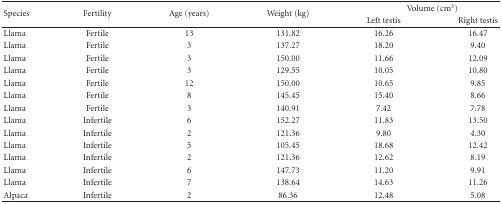
<table><thead><tr><td rowspan="2"><b>Species</b></td><td rowspan="2"><b>Fertility</b></td><td rowspan="2"><b>Age (years)</b></td><td rowspan="2"><b>Weight (kg)</b></td><td colspan="2"><b>Volume (cm<sup>3</sup>)</b></td></tr><tr><td><b>Left testis</b></td><td><b>Right testis</b></td></tr></thead><tbody><tr><td>Llama</td><td>Fertile</td><td>13</td><td>131.82</td><td>16.26</td><td>16.47</td></tr><tr><td>Llama</td><td>Fertile</td><td>3</td><td>137.27</td><td>18.20</td><td>9.40</td></tr><tr><td>Llama</td><td>Fertile</td><td>3</td><td>150.00</td><td>11.66</td><td>12.09</td></tr><tr><td>Llama</td><td>Fertile</td><td>3</td><td>129.55</td><td>10.05</td><td>10.80</td></tr><tr><td>Llama</td><td>Fertile</td><td>12</td><td>150.00</td><td>10.65</td><td>9.85</td></tr><tr><td>Llama</td><td>Fertile</td><td>8</td><td>145.45</td><td>15.40</td><td>8.66</td></tr><tr><td>Llama</td><td>Fertile</td><td>3</td><td>140.91</td><td>7.42</td><td>7.78</td></tr><tr><td>Llama</td><td>Infertile</td><td>6</td><td>152.27</td><td>11.83</td><td>13.50</td></tr><tr><td>Llama</td><td>Infertile</td><td>2</td><td>121.36</td><td>9.80</td><td>4.30</td></tr><tr><td>Llama</td><td>Infertile</td><td>5</td><td>105.45</td><td>18.68</td><td>12.42</td></tr><tr><td>Llama</td><td>Infertile</td><td>2</td><td>121.36</td><td>12.62</td><td>8.19</td></tr><tr><td>Llama</td><td>Infertile</td><td>6</td><td>147.73</td><td>11.20</td><td>9.91</td></tr><tr><td>Llama</td><td>Infertile</td><td>7</td><td>138.64</td><td>14.63</td><td>11.26</td></tr><tr><td>Alpaca</td><td>Infertile</td><td>2</td><td>86.36</td><td>12.48</td><td>5.08</td></tr></tbody></table>